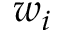
w _ { i }